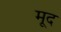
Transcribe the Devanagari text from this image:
मूद